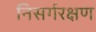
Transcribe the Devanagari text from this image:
निसर्गरक्षण